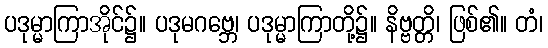
ပဒုမ္မာကြာအိုင်၌။ ပဒုမဂဗ္ဘေ၊ ပဒုမ္မာကြာတို့၌။ နိဗ္ဗတ္တိ၊ ဖြစ်၏။ တံ၊